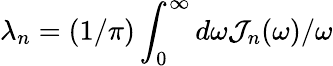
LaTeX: \lambda_{n}=(1/\pi)\int_{0}^{\infty}d\omega{\mathcal J}_{n}(\omega)/\omega